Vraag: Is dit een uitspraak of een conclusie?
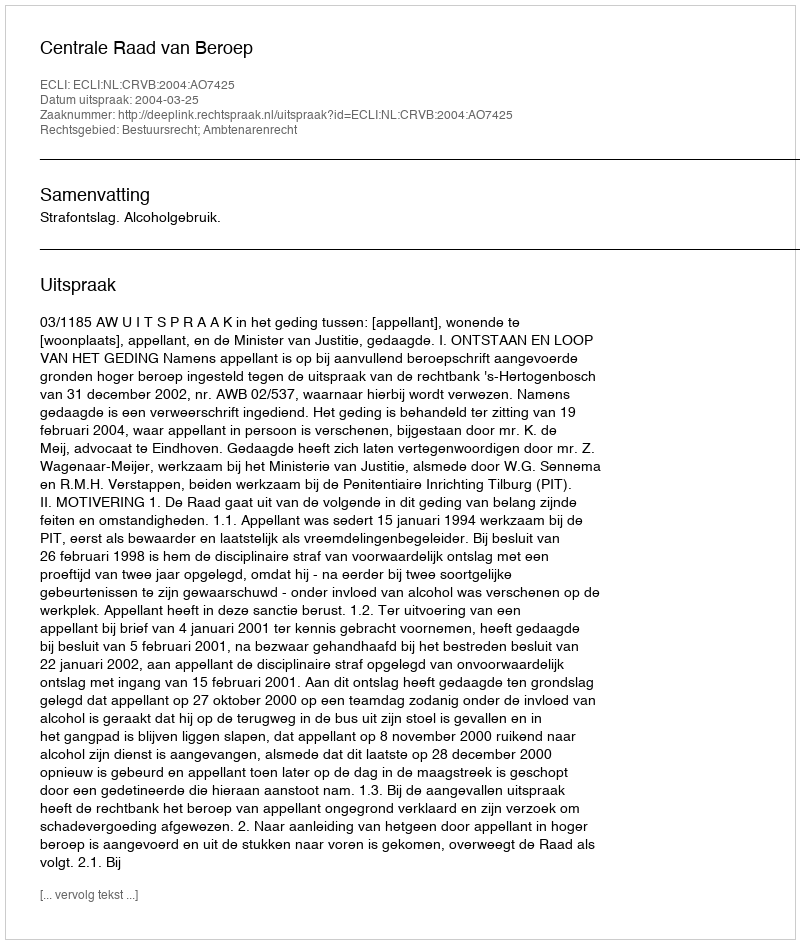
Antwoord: Uitspraak